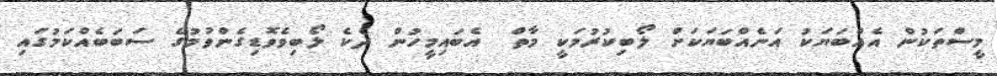
މީސްތަކުން އެއްބަޔަކު އަނެއްބަޔަކަށް ލޯބިކުރުމަކީ މާތް  އެބައިމީހުން ދެކެ ލޯބިވެވޮޑިގެންވުމުގެ ސަބަބެއްކަމުގައި